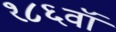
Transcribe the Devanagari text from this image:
१८६वॉ